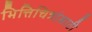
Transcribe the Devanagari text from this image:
भित्तिचित्रांसाठी